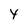
Character: y